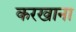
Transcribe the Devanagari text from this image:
करखाना